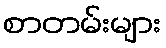
စာတမ်းများ